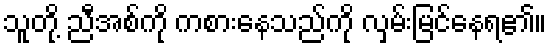
သူတို့ ညီအစ်ကို ကစားနေသည်ကို လှမ်းမြင်နေရ၏။